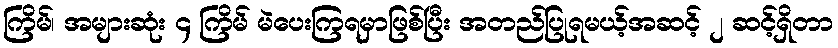
ကြိမ်၊ အများဆုံး ၄ ကြိမ် မဲပေးကြရမှာဖြစ်ပြီး အတည်ပြုရမယ့်အဆင့် ၂ ဆင့်ရှိတာ